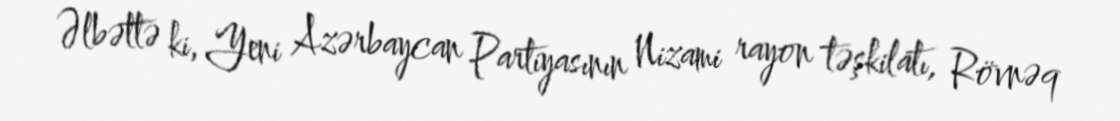
Əlbəttə ki, Yeni Azərbaycan Partiyasının Nizami rayon təşkilatı, Rövnəq